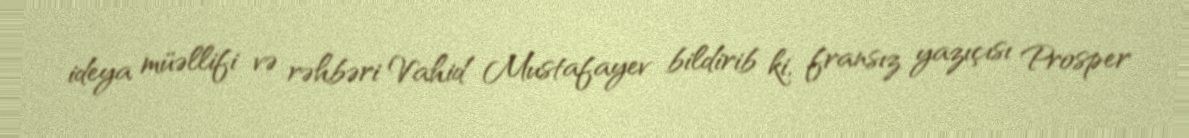
ideya müəllifi və rəhbəri Vahid Mustafayev bildirib ki, fransız yazıçısı Prosper